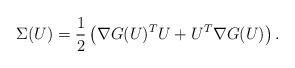
LaTeX: \begin{align*}\Sigma(U)=\frac{1}{2}\left(\nabla G(U)^TU+U^T\nabla G(U)\right).\end{align*}